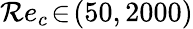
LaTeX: \mathcal{R}e_{c}\! \in\! (50,2000)